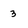
Character: 3